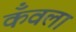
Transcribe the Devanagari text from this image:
कँवला